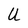
Character: U